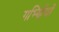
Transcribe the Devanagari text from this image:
गर्भ्णियों